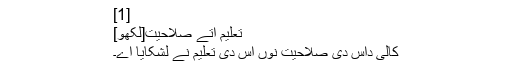
[1]
تعلیم اتے صلاحیت[لکھو]
کالی داس دی صلاحیت نوں اس دی تعلیم نے لشکایا اے۔